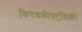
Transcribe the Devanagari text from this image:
किरणस्पेक्ट्रमिकी